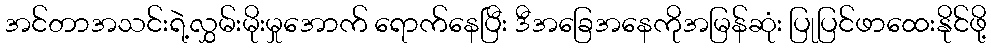
အင်တာအသင်းရဲ့လွှမ်းမိုးမှုအောက် ရောက်နေပြီး ဒီအခြေအနေကိုအမြန်ဆုံး ပြုပြင်ဖာထေးနိုင်ဖို့